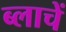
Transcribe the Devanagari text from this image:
ब्लाचें